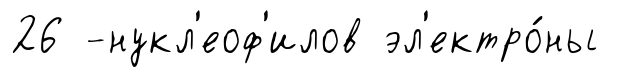
26 -нукл'еоф'илов эл'ектро́ны